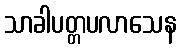
သာခါပတ္တပလာသေန